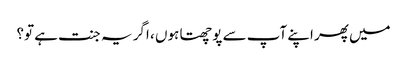
میں پھر اپنے آپ سے پوچھتا ہوں ، اگر یہ جنت ہے تو؟